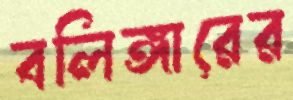
বলিঙ্গারের